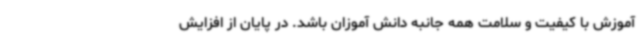
آموزش با کیفیت و سلامت همه جانبه دانش آموزان باشد. در پایان از افزایش